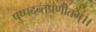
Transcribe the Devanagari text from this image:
पुष्पदन्तप्रणीतम्।।